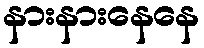
နားနားနေနေ